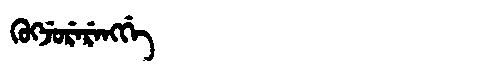
Manchu: ᡴᡠᡴᠵᡠᡵᡝᡵᡝᠩᡤᡝ
Romanization: KUKJURERENGGE